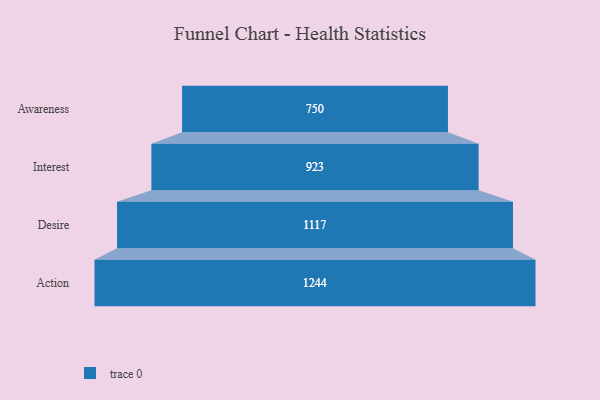
{"axis": {"x": "Stage", "y": "Value"}, "legend": [""], "data": [{"x": "Awareness", "y": 750.0, "type": ""}, {"x": "Interest", "y": 923.0, "type": ""}, {"x": "Desire", "y": 1117.0, "type": ""}, {"x": "Action", "y": 1244.0, "type": ""}]}